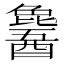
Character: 𬪹